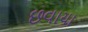
છવાયા